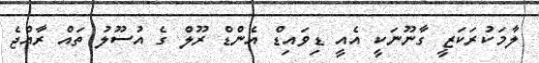
ލާމަކުރަކަޒީ ގާނޫނަކީ އެއީ ޑިވައިޑް އެންޑް ރޫލް ގެ އުސޫލު ތައް ރާއްޖެ